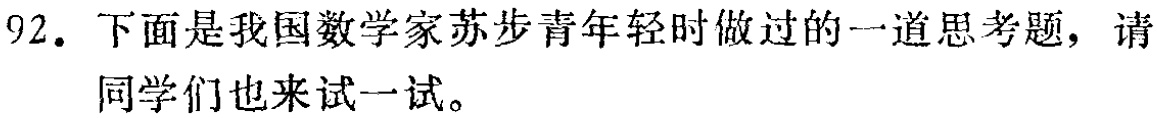
92. 下面是我国数学家苏步青年轻时做过的一道思考题，请同学们也来试一试。